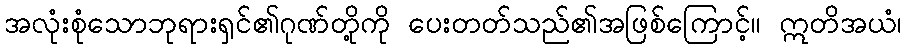
အလုံးစုံသောဘုရားရှင်၏ဂုဏ်တို့ကို ပေးတတ်သည်၏အဖြစ်ကြောင့်။ ဣတိအယံ၊